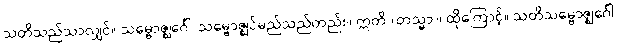
သတိသည်သာလျှင်။ သမ္ဗောဇ္ဈင်္ဂေါ၊ သမ္ဗောဇ္ဈင်မည်သည်တည်း။ ဣတိ (တသ္မာ)၊ ထိုကြောင့်။ သတိသမ္ဗောဇ္ဈင်္ဂေါ၊